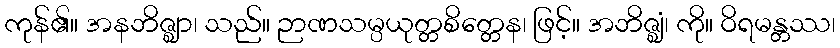
ကုန်၏။ အနဘိဇ္ဈာ၊ သည်။ ဉာဏသမ္ပယုတ္တစိတ္တေန၊ ဖြင့်။ အဘိဇ္ဈံ၊ ကို။ ဝိရမန္တဿ၊